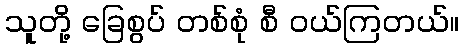
သူတို့ ခြေစွပ် တစ်စုံ စီ ဝယ်ကြတယ်။